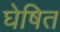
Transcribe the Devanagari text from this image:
घेषित